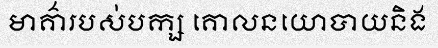
មាគ៌ារបស់បក្ស គោលនយោបាយនិង